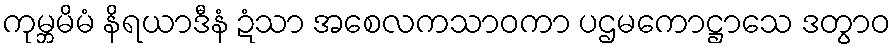
ကုမ္ဘမိမံ နိရယာဒီနံ ဍံသာ အစေလကသာဝကာ ပဌမကောဋ္ဌာသေ ဒတွာဝ